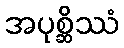
အပုစ္ဆိဿံ